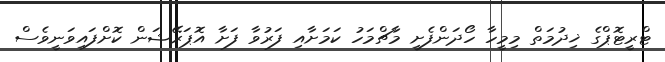
ޓްރީޓޮޕްގެ ޚިދުމަތް މިމީހާ ހޯދަންފެށީ މާޗްމަހު ކަމަށާއި ފަރުވާ ފަށާ އޮޕަރޭޝަން ކޮށްފައިވަނީވެސް